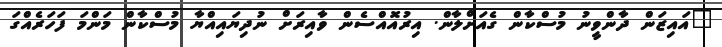
"އައިޒަން ދާންވީނު މުސްކާން ގެއަށްލާން. އިރުއޮއްސެން ވާއިރަށް ނުދިޔައިއްޔާ މުސްކާން މަންމަ ފަހަރެއްގަ